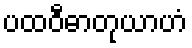
ပထဝီဓာတုယာဟံ